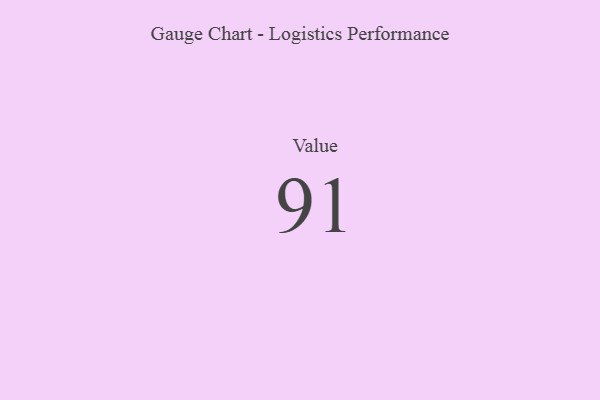
{"axis": {"x": "Metric", "y": "Value"}, "legend": [""], "data": [{"x": "Value", "y": 91, "type": ""}]}